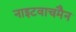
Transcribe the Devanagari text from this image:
नाइटवाचमैन